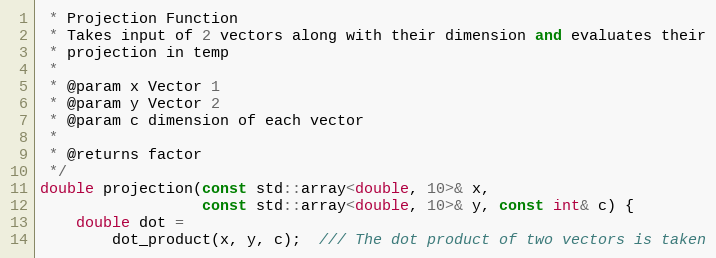
Language: C++
 * Projection Function
 * Takes input of 2 vectors along with their dimension and evaluates their
 * projection in temp
 *
 * @param x Vector 1
 * @param y Vector 2
 * @param c dimension of each vector
 *
 * @returns factor
 */
double projection(const std::array<double, 10>& x,
                  const std::array<double, 10>& y, const int& c) {
    double dot =
        dot_product(x, y, c);  /// The dot product of two vectors is taken